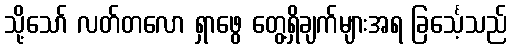
သို့သော် လတ်တလော ရှာဖွေ တွေ့ရှိချက်များအရ ခြင်္သေ့သည်